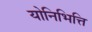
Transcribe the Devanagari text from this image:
योनिभित्ति